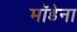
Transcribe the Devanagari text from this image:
मॉडेना